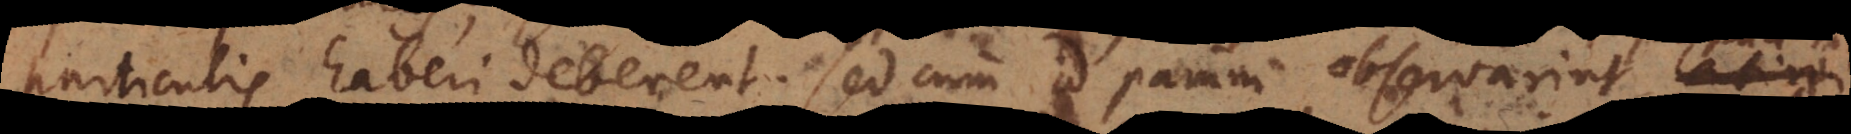
haberi deberent. Sed cum id parum observarint